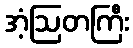
အံ့ဩတကြီး